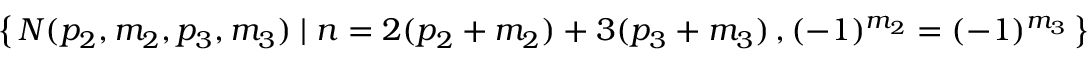
\left\{ \, N ( p _ { 2 } , m _ { 2 } , p _ { 3 } , m _ { 3 } ) \mid n = 2 ( p _ { 2 } + m _ { 2 } ) + 3 ( p _ { 3 } + m _ { 3 } ) \, , ( - 1 ) ^ { m _ { 2 } } = ( - 1 ) ^ { m _ { 3 } } \, \right\} \, .